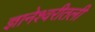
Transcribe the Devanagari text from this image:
ज्ञानेश्वरीतली